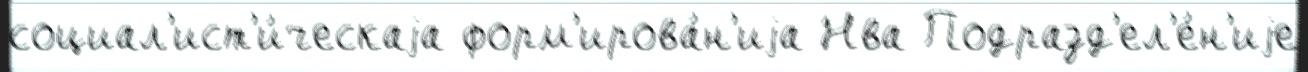
социал'ист'и́ческаjа форм'ирова́н'иjа Нва Подразд'ел'е́н'иjе